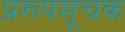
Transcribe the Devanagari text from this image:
प्ररूपसूचक